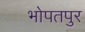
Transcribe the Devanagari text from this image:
भोपतपुर